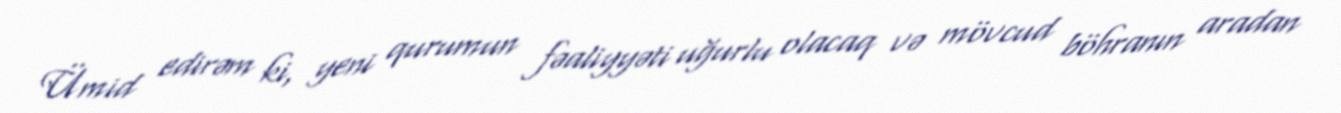
Ümid edirəm ki, yeni qurumun fəaliyyəti uğurlu olacaq və mövcud böhranın aradan